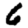
Digit: 6